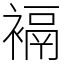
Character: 䙐